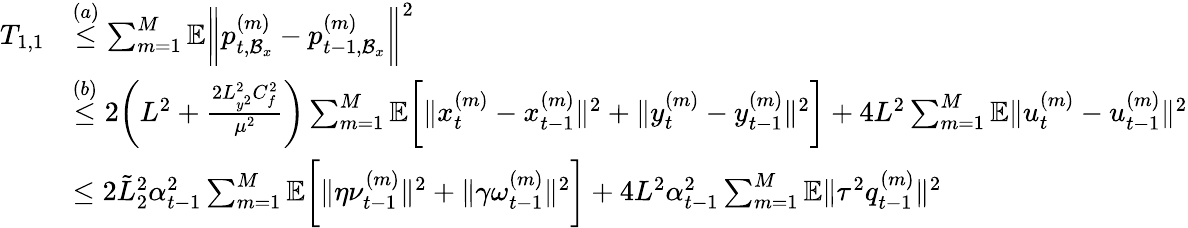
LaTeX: \begin{array}{rl}{T_{1,1}}&{\overset{(a)}{\leq}\sum_{m=1}^{M}\mathbb{E}\bigg\| p_{t,\mathcal{B}_{x}}^{(m)}-p_{t-1,\mathcal{B}_{x}}^{(m)}\bigg\| ^{2}}\\ &{\overset{(b)}{\leq}2\bigg(L^{2}+\frac{2L_{y^{2}}^{2}C_{f}^{2}}{\mu^{2}}\bigg)\sum_{m=1}^{M}\mathbb{E}\bigg[\| x_{t}^{(m)}-x_{t-1}^{(m)}\| ^{2}+\| y_{t}^{(m)}-y_{t-1}^{(m)}\| ^{2}\bigg]+4L^{2}\sum_{m=1}^{M}\mathbb{E}\| u_{t}^{(m)}-u_{t-1}^{(m)}\| ^{2}}\\ &{\leq 2\tilde{L}_{2}^{2}\alpha_{t-1}^{2}\sum_{m=1}^{M}\mathbb{E}\bigg[\| \eta\nu_{t-1}^{(m)}\| ^{2}+\| \gamma\omega_{t-1}^{(m)}\| ^{2}\bigg]+4L^{2}\alpha_{t-1}^{2}\sum_{m=1}^{M}\mathbb{E}\| \tau^{2}q_{t-1}^{(m)}\| ^{2}}\end{array}